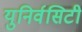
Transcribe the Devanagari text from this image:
युनिर्वसिटी